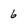
Character: 6